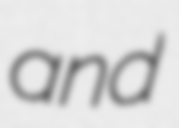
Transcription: and